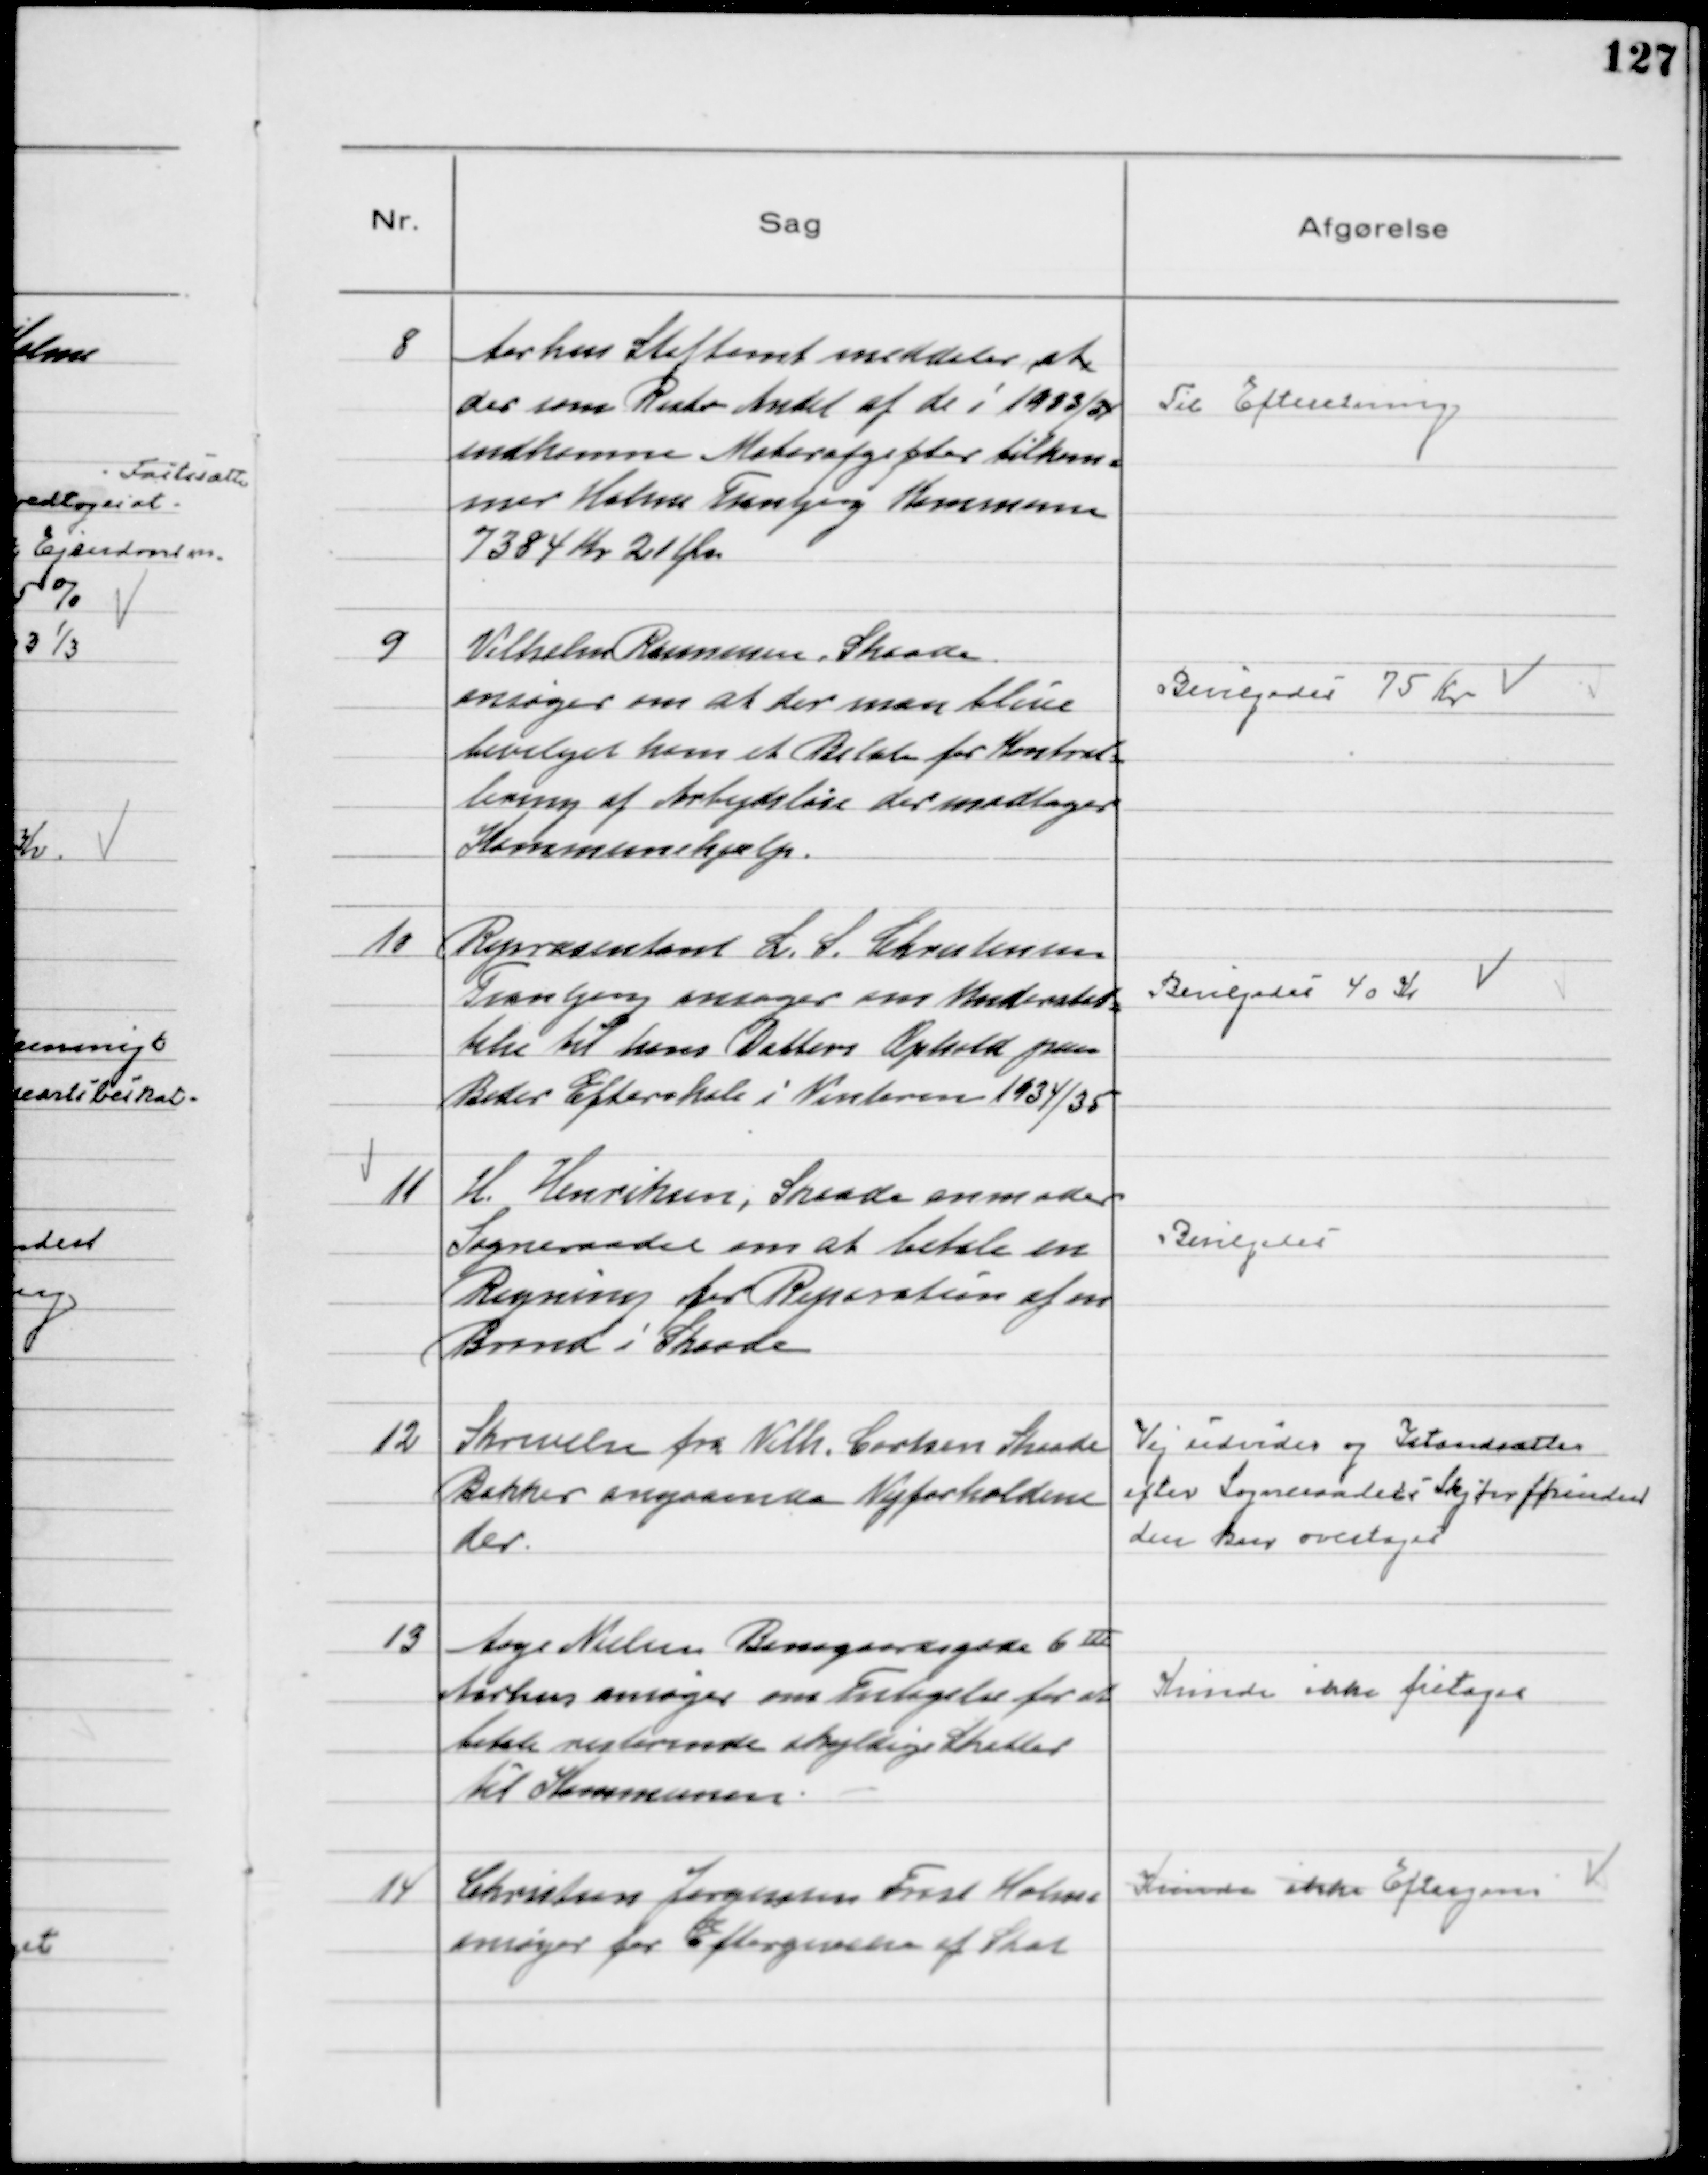
Transskription:
8
Aarhus Stiftamt meddeler at
der som Rente Andel af de i 1933/34
indkomne Motorafgifter tilkom=
mer Holme Tranbjerg Kommune
7384 Kr 21 Øre

Til Efteretning

9
Vilhelm Rasmussen, Skaade
ansøger om at der maa blive
bevilget ham et Beløb for Kontrol=
lering af Arbejdsløse der modtager
Kommunehjælp.

Bevilgedes 75 Kr

10
Repræsentant L. S. Christensen
Tranbjerg ansøger om Understøt=
telse til hans Datters Ophold paa
Beder Efterskole i Vinteren 1934/35

Bevilgedes 40 Kr

11
H. Henriksen, Skaade anmoder
Sogneraadet om at betale en
Regning for Reparation af en
Brønd i Skaade

Bevilgedes

12
Skrivelse fra Vilh. Carlsen Skaade
Bakker angaaende Vejforholdene
der.

Vej udvides og Istandsættes
efter Sogneraadets Skjøn førinden
den kan overtages

13
Aage Nielsen Banegaardsgade 6III 
Aarhus ansøger om Fritagelse for at
betale resterende skyldige Skatter
til Kommunen.

Kunde ikke fritages

14
Christian Jørgensen Frost Holme
ansøger for Eftergivelse af Skat

Kunde ikke Eftergives